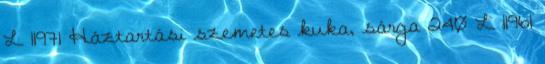
L 11971 Háztartási szemetes kuka, sárga 240 L 11961